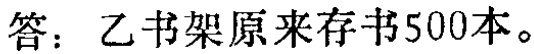
答：乙书架原来存书500本。